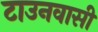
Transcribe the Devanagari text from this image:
टाउनवासी